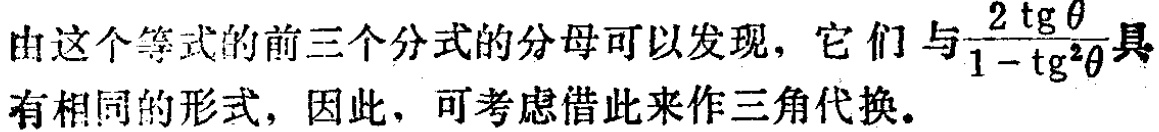
由这个等式的前三个分式的分母可以发现，它们与$\frac{2 \mathrm{tg} \theta}{1 - \mathrm{tg}^{2}\theta}$具有相同的形式，因此，可考虑借此来作三角代换。